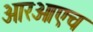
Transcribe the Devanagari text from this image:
आरओएच